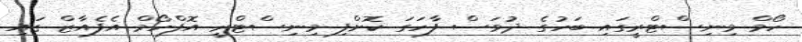
ހޯމް މިނިސްޓްރީގައި ބަހުގެ ދުވަސް ފާހަގަ ކޮށްފި މިނިސްޓްރީ އޮފްހޯމް އެފެއާޒް ގައި